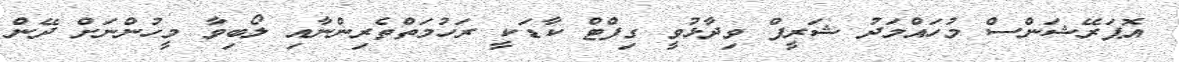
އޮޕަރޭޝަންސް މުހައްމަދު ޝަރީފް ވިދާޅުވީ ގިފްޓް ކާޑަކީ ރަހުމަތްތެރިންނާއި ލޯބިވާ މީހުންނަށް ދޭން